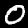
Digit: 0